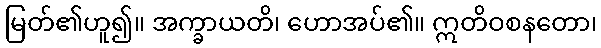
မြတ်၏ဟူ၍။ အက္ခာယတိ၊ ဟောအပ်၏။ ဣတိဝစနတော၊